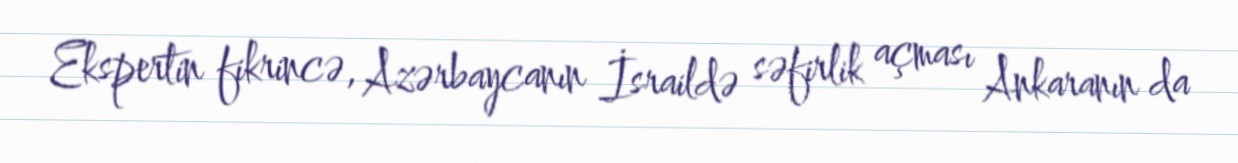
Ekspertin fikrincə, Azərbaycanın İsraildə səfirlik açması Ankaranın da